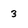
Character: 3